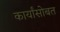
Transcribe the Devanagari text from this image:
कार्यांसोबत